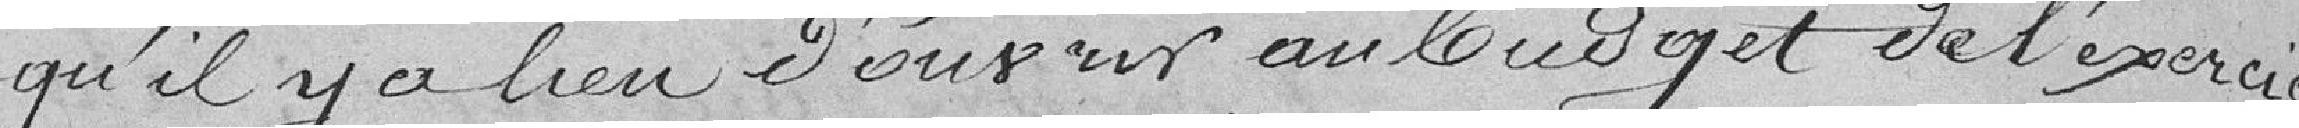
qu'il y a lieu d'ouvrir au budget de l'exercice